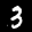
Label: 3